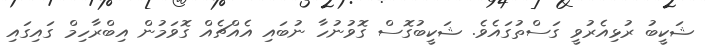
ޝަކީބު ރުޅިއެރުވީ ގަސްތުގައެވެ. ޝަކީބުގޮސް ގޮވުނުހާ ނުބައި އެއްޗެއް ގޮވަމުން އިބްރާހިމް ގައިގައި